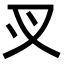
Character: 㕚